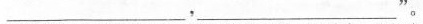
___，___’。